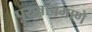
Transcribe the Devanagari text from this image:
पुरुषाप्रमाणे